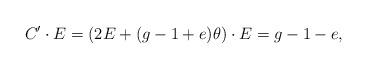
LaTeX: \begin{align*}C'\cdot E=(2E+(g-1+e)\theta)\cdot E=g-1-e,\end{align*}